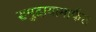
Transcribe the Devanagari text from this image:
समुदायामार्फत